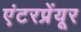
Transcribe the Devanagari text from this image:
एंटरप्रेंयूर